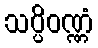
သပ္ပိဝဏ္ဏံ